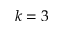
k = 3